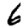
Digit: 6